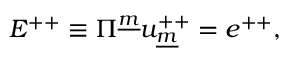
E ^ { + + } \equiv \Pi ^ { \underline { { m } } } u _ { \underline { { m } } } ^ { + + } = e ^ { + + } ,